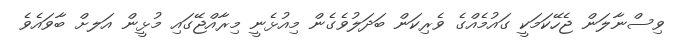
ވިސްނާލަން ޖެހޭކަމަކީ ގައުމެއްގެ ވެރިކަން ބަދަލުވެގެން މިއުޅެނީ މިރާއްޖޭގައި މުޅީން އަލށް ބާވައެވެ